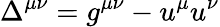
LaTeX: \Delta^{\mu\nu}=g^{\mu\nu}-u^{\mu}u^{\nu}